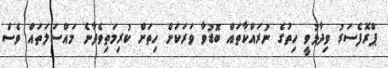
ޕްރޮފެސަރު ވިދާޅުވީ ހިތުގެ ނުރައްކާތައް ބޮޑުވާ ވަރަކަށް ހިތަށް ކުރިމަތިވެދާނެ މައްސަލަތައް ވެސް